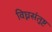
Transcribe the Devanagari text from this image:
विघ्नसंतुष्ट